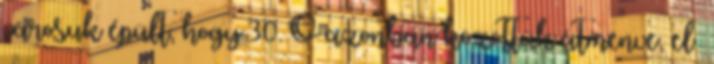
városuk épült, hogy 30. Ő azonban közöttük átmenve, el−